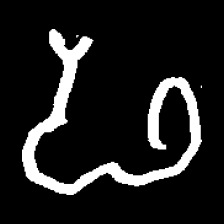
Pyu character \u2014 Myanmar letter: ဖ (romanized: pha)